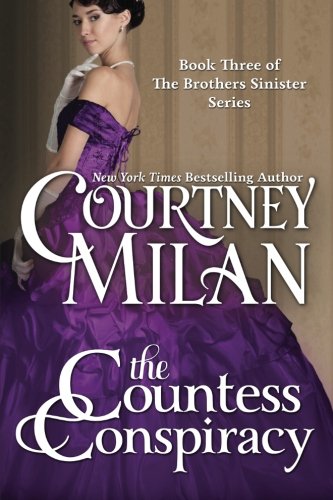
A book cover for The Countess Conspiracy (Volume 3); Courtney Milan; Romance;